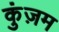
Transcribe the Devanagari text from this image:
कुंज़म